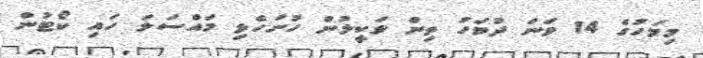
މިމަހުގެ 14 ވަނަ ދުވަހު ތިން ވަކީލުން ހުށަހެޅި މައްސަލަ ހައި ކޯޓުން